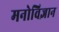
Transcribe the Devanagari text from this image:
मनोविज्ञान